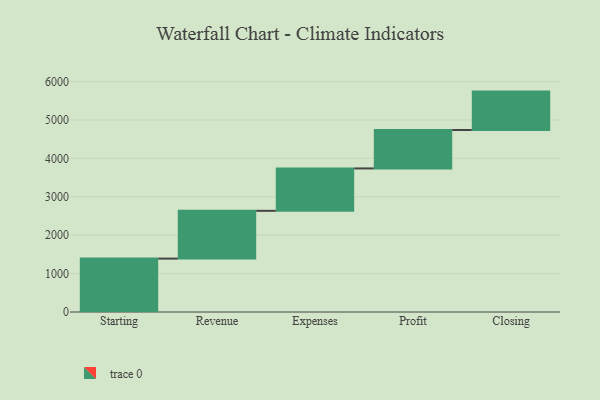
{"axis": {"x": "Step", "y": "Value"}, "legend": [""], "data": [{"x": "Starting", "y": 1390.0, "type": ""}, {"x": "Revenue", "y": 1244.0, "type": ""}, {"x": "Expenses", "y": 1104.0, "type": ""}, {"x": "Profit", "y": 1000, "type": ""}, {"x": "Closing", "y": 1000, "type": ""}]}